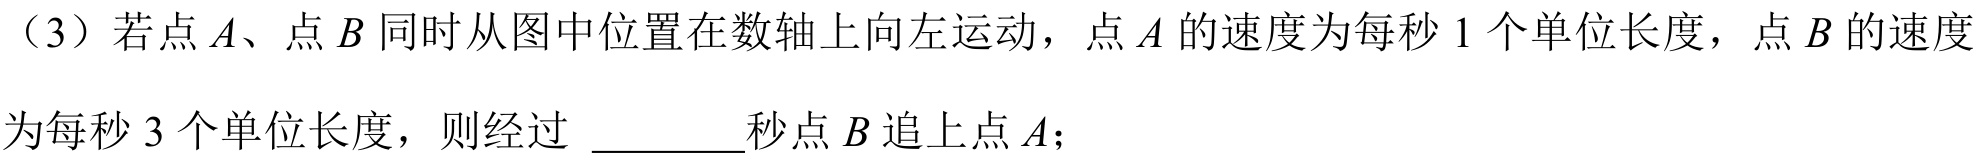
（3）若点\(A\)、点\(B\)同时从图中位置在数轴上向左运动，点\(A\)的速度为每秒\(1\)个单位长度，点\(B\)的速度为每秒\(3\)个单位长度，则经过 \(\underline{\quad\quad}\)秒点\(B\)追上点\(A\)；